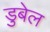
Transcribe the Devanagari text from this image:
डुबेल